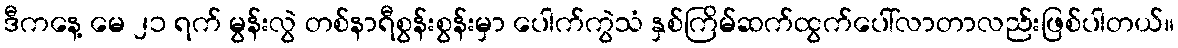
ဒီကနေ့ မေ ၂၁ ရက် မွန်းလွဲ တစ်နာရီစွန်းစွန်းမှာ ပေါက်ကွဲသံ နှစ်ကြိမ်ဆက်ထွက်ပေါ်လာတာလည်းဖြစ်ပါတယ်။